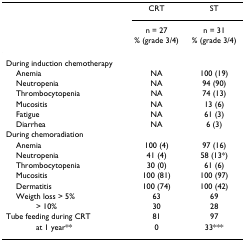
<table><thead><tr><td></td><td><b>CRT</b></td><td><b>ST</b></td></tr><tr><td></td><td><b>n = 27</b></td><td><b>n = 31</b></td></tr><tr><td></td><td><b>% (grade 3/4)</b></td><td><b>% (grade 3/4)</b></td></tr></thead><tbody><tr><td>During induction chemotherapy</td><td></td><td></td></tr><tr><td> Anemia</td><td>NA</td><td>100 (19)</td></tr><tr><td> Neutropenia</td><td>NA</td><td>94 (90)</td></tr><tr><td> Thrombocytopenia</td><td>NA</td><td>74 (13)</td></tr><tr><td> Mucositis</td><td>NA</td><td>13 (6)</td></tr><tr><td> Fatigue</td><td>NA</td><td>61 (3)</td></tr><tr><td> Diarrhea</td><td>NA</td><td>6 (3)</td></tr><tr><td>During chemoradiation</td><td></td><td></td></tr><tr><td> Anemia</td><td>100 (4)</td><td>97 (16)</td></tr><tr><td> Neutropenia</td><td>41 (4)</td><td>58 (13*)</td></tr><tr><td> Thrombocytopenia</td><td>30 (0)</td><td>61 (6)</td></tr><tr><td> Mucositis</td><td>100 (81)</td><td>100 (97)</td></tr><tr><td> Dermatitis</td><td>100 (74)</td><td>100 (42)</td></tr><tr><td> Weigth loss &gt; 5%</td><td>63</td><td>69</td></tr><tr><td>&gt; 10%</td><td>30</td><td>28</td></tr><tr><td>Tube feeding during CRT</td><td>81</td><td>97</td></tr><tr><td>at 1 year**</td><td>0</td><td>33***</td></tr></tbody></table>